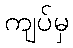
ကျပ်မှ